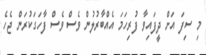
މި ސިފަ އަށް ދީފައިވާ ފުރިހަމަ އެއްބާރުލުން ވެސް ވެސް ފާހަގަކުރަން ޖެހެ